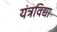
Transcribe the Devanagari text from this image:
यंत्रविद्या